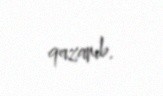
qazanıb.